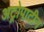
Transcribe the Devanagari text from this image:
अट्रोपाटीन